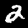
Label: 2